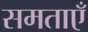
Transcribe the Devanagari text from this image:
समताएँ